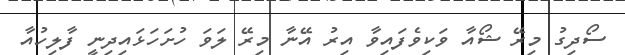
ސޯދިގު މިރޭ ޝޯއާ ވަކިވެފައިވާ އިރު އޭނާ މިރޭ ލަވަ ހުށަހަޅައިދިނީ ފާލިހުއާ